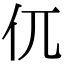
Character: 㐳